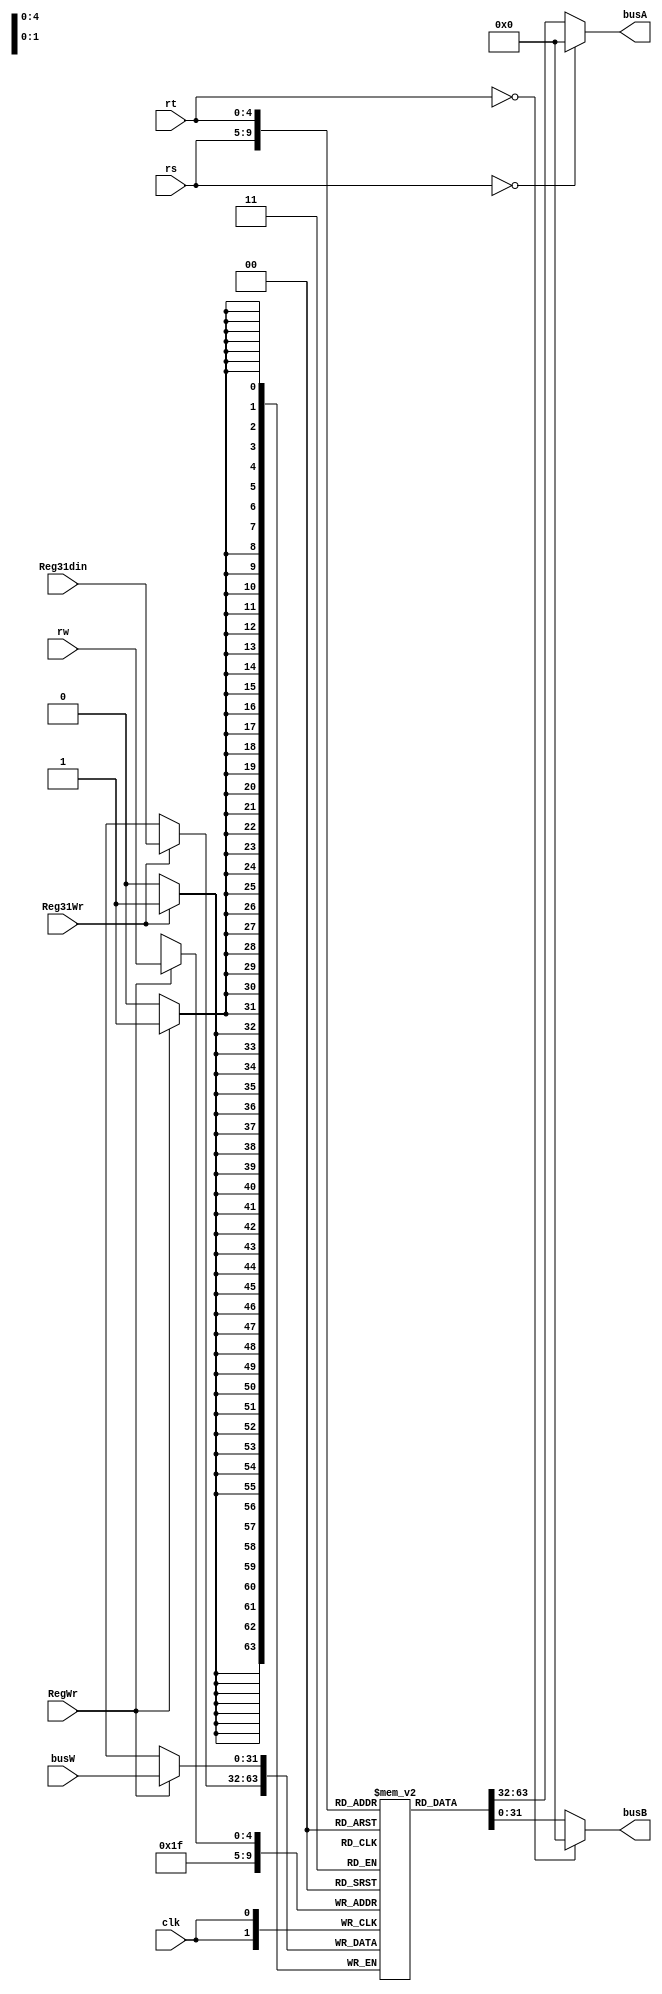
module Register(clk, RegWr, Reg31Wr, rs, rt, rw, Reg31din, busW, busA, busB);
	input clk, RegWr, Reg31Wr;
	input [4:0] rs, rt, rw;
	input [31:0] busW, Reg31din;
	output [31:0] busA, busB;

	reg [31:0] register [31:0];
	integer i;
	initial
	begin 
		for(i=0; i<32; i=i+1)
			register[i] = 32'b0;
	end

	assign busA = (rs==0)?0:register[rs];
	assign busB = (rt==0)?0:register[rt];
	always @(posedge clk)
	begin
		if(RegWr)
			register[rw] <= busW;
		if(Reg31Wr)
			register[31] <= Reg31din;
	end

endmodule


module reg_HI(clk, wr, din, dout);
	input clk;
	input wr;
	input [31:0] din;
	output reg [31:0] dout;

	initial
	begin
		dout = 32'b0;
	end

	always @(posedge clk) 
	begin
		if(wr)
		begin
			dout = din;
		end
	end

endmodule // reg_HI


module reg_LO(clk, wr, din, dout);
	input clk;
	input wr;
	input [31:0] din;
	output reg [31:0] dout;

	initial
	begin
		dout = 32'b0;
	end

	always @(posedge clk) 
	begin
		if(wr)
		begin
			dout = din;
		end
	end

endmodule // reg_LO